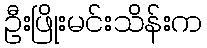
ဦးဖြိုးမင်းသိန်းက